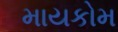
માયકોમ